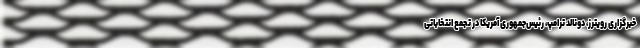
خبرگزاری رویترز، دونالد ترامپ، رئیس‌جمهوری آمریکا در تجمع انتخاباتی